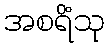
အစရိံသု